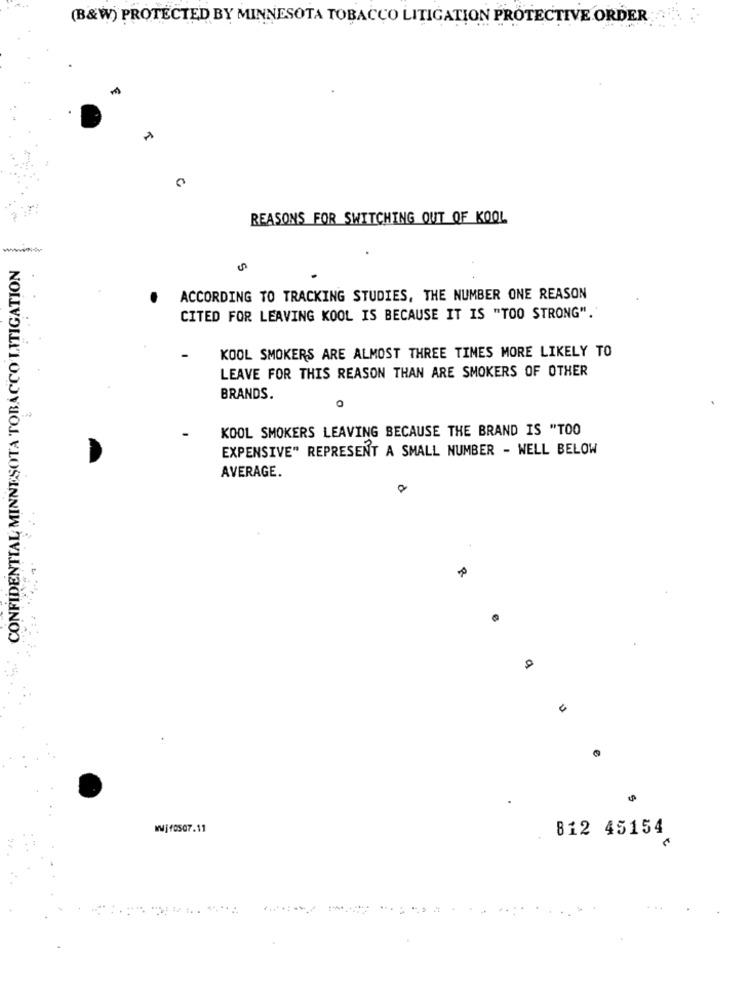
(B&W) PROTECTED BY MINNESOTA TOBACCO LITIGATION PROTECTIVE ORDER
REASONS FOR SWITCHING OUT OF KOOL
CONFIDENTIAL MINNESOTA TOBACCO LITIGATION
ACCORDING TO TRACKING STUDIES, THE NUMBER ONE REASON
CITED FOR LEAVING KOOL IS BECAUSE IT IS "TOO STRONG".
KOOL SMOKERS ARE ALMOST THREE TIMES MORE LIKELY TO
LEAVE FOR THIS REASON THAN ARE SMOKERS OF OTHER
BRANDS.
KOOL SMOKERS LEAVING BECAUSE THE BRAND IS "TOO
EXPENSIVE" REPRESENT A SMALL NUMBER - WELL BELOW
AVERAGE.
O
e
4
WWjf0507.11
812 45154